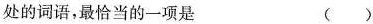
处的词语，最恰当的一项是 （）